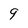
Character: 9